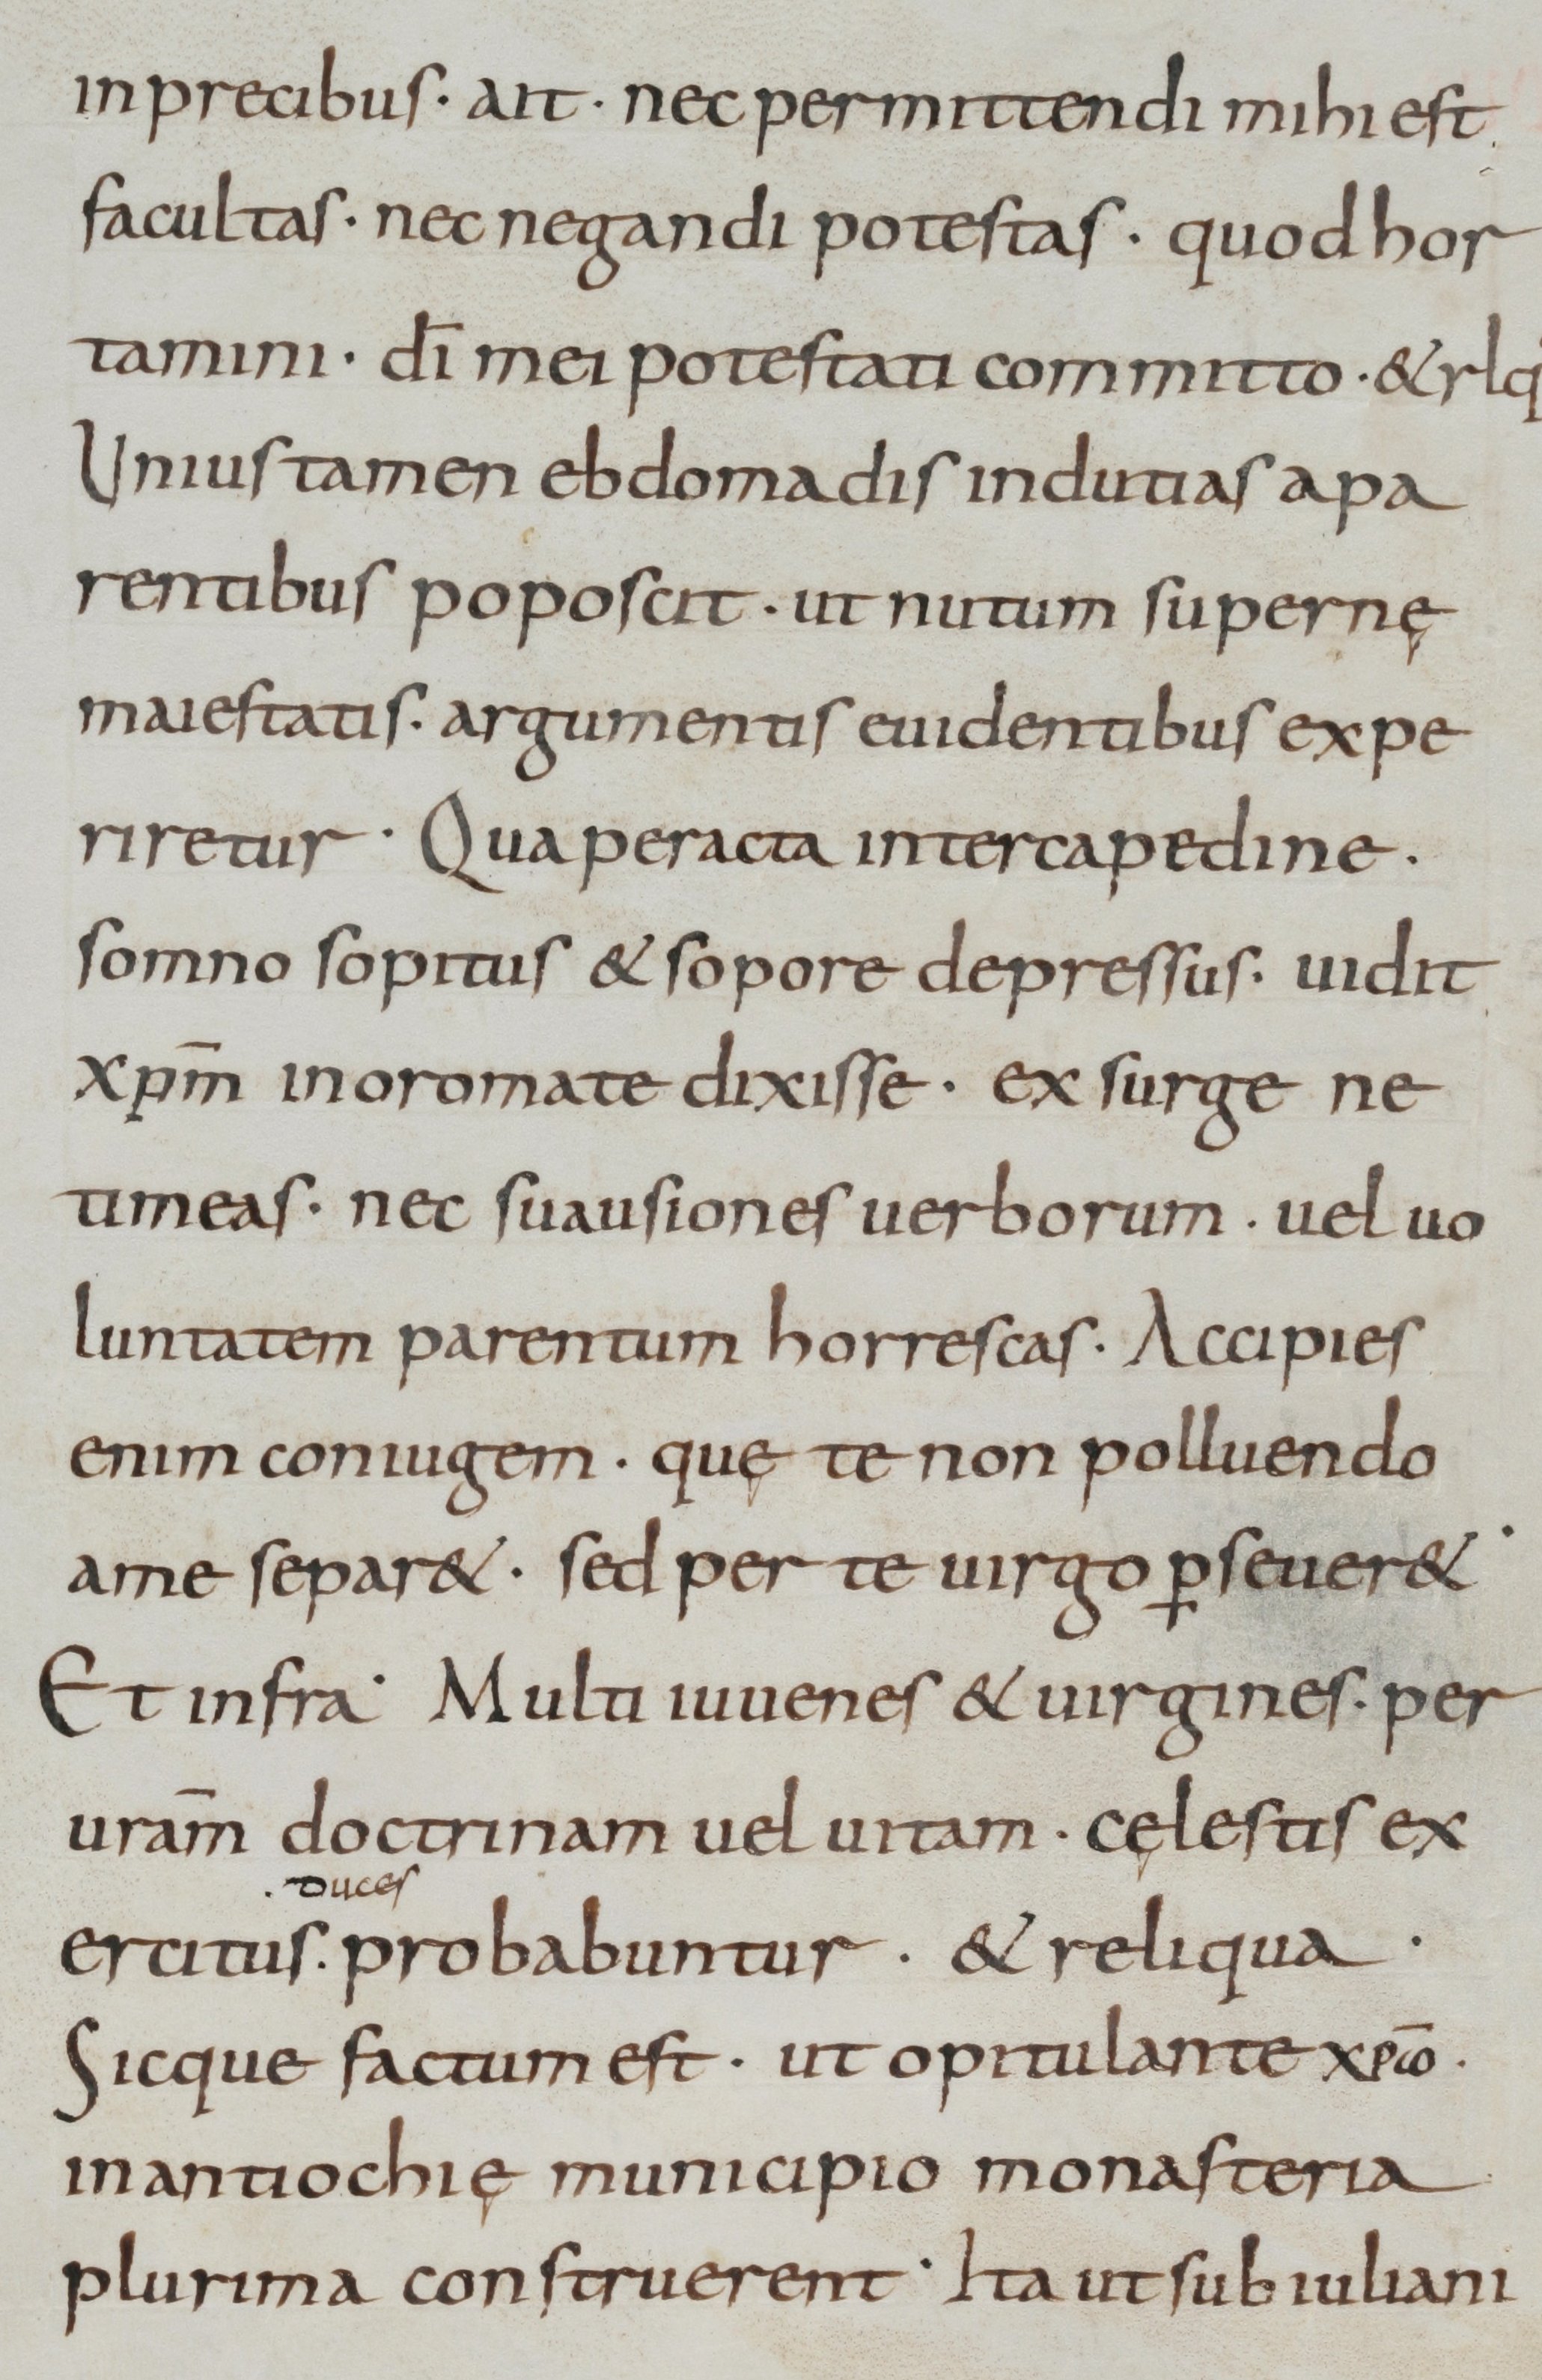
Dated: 800–899